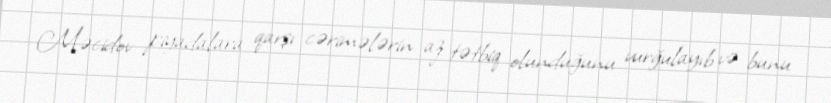
Məcidov piyadalara qarşı cərimələrin az tətbiq olunduğunu vurğulayıb və bunu